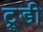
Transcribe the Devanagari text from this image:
ट्रूडी